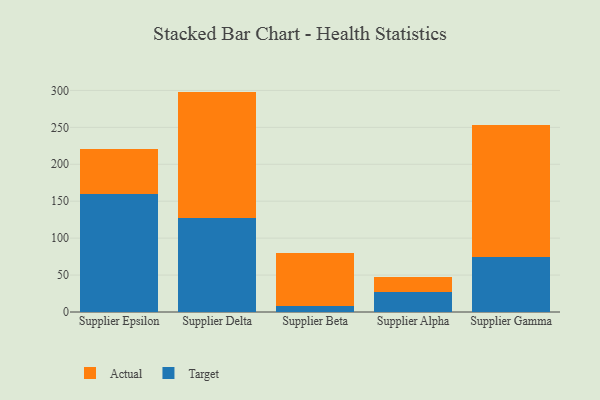
{"axis": {"x": "Supplier", "y": "Inventory Turnover"}, "legend": ["Actual", "Target"], "data": [{"x": "Supplier Epsilon", "y": 159.9, "type": "Target"}, {"x": "Supplier Epsilon", "y": 60.6, "type": "Actual"}, {"x": "Supplier Delta", "y": 127.6, "type": "Target"}, {"x": "Supplier Delta", "y": 170.8, "type": "Actual"}, {"x": "Supplier Beta", "y": 7.6, "type": "Target"}, {"x": "Supplier Beta", "y": 72.2, "type": "Actual"}, {"x": "Supplier Alpha", "y": 27.3, "type": "Target"}, {"x": "Supplier Alpha", "y": 20.7, "type": "Actual"}, {"x": "Supplier Gamma", "y": 74.9, "type": "Target"}, {"x": "Supplier Gamma", "y": 178.5, "type": "Actual"}]}